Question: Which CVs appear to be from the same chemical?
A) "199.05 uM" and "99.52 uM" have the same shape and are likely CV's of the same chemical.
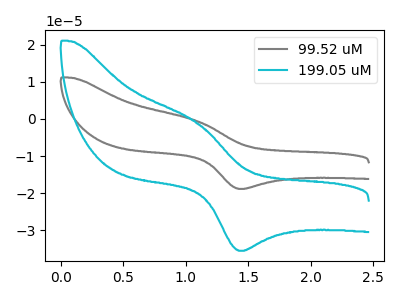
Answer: <think>The gray curve "99.52 uM" has an anodic peak at (1.10V, -0.45uA) and a cathodic peak at (1.45V, -18.85uA). The cyan curve "199.05 uM" has an anodic peak at (1.10V, -0.85uA) and a cathodic peak at (1.45V, -35.45uA).
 All the peaks in "99.52 uM" have a peak in "199.05 uM" at the same potential.</think>
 <answer>A) "199.05 uM" and "99.52 uM" have the same shape and are likely CV's of the same chemical.</answer>
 <eval>A</eval>